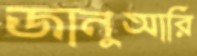
জানুআরি